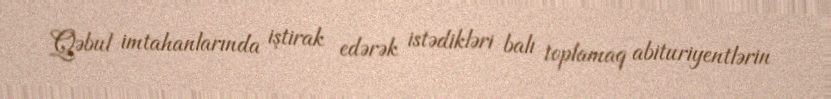
Qəbul imtahanlarında iştirak edərək istədikləri balı toplamaq abituriyentlərin